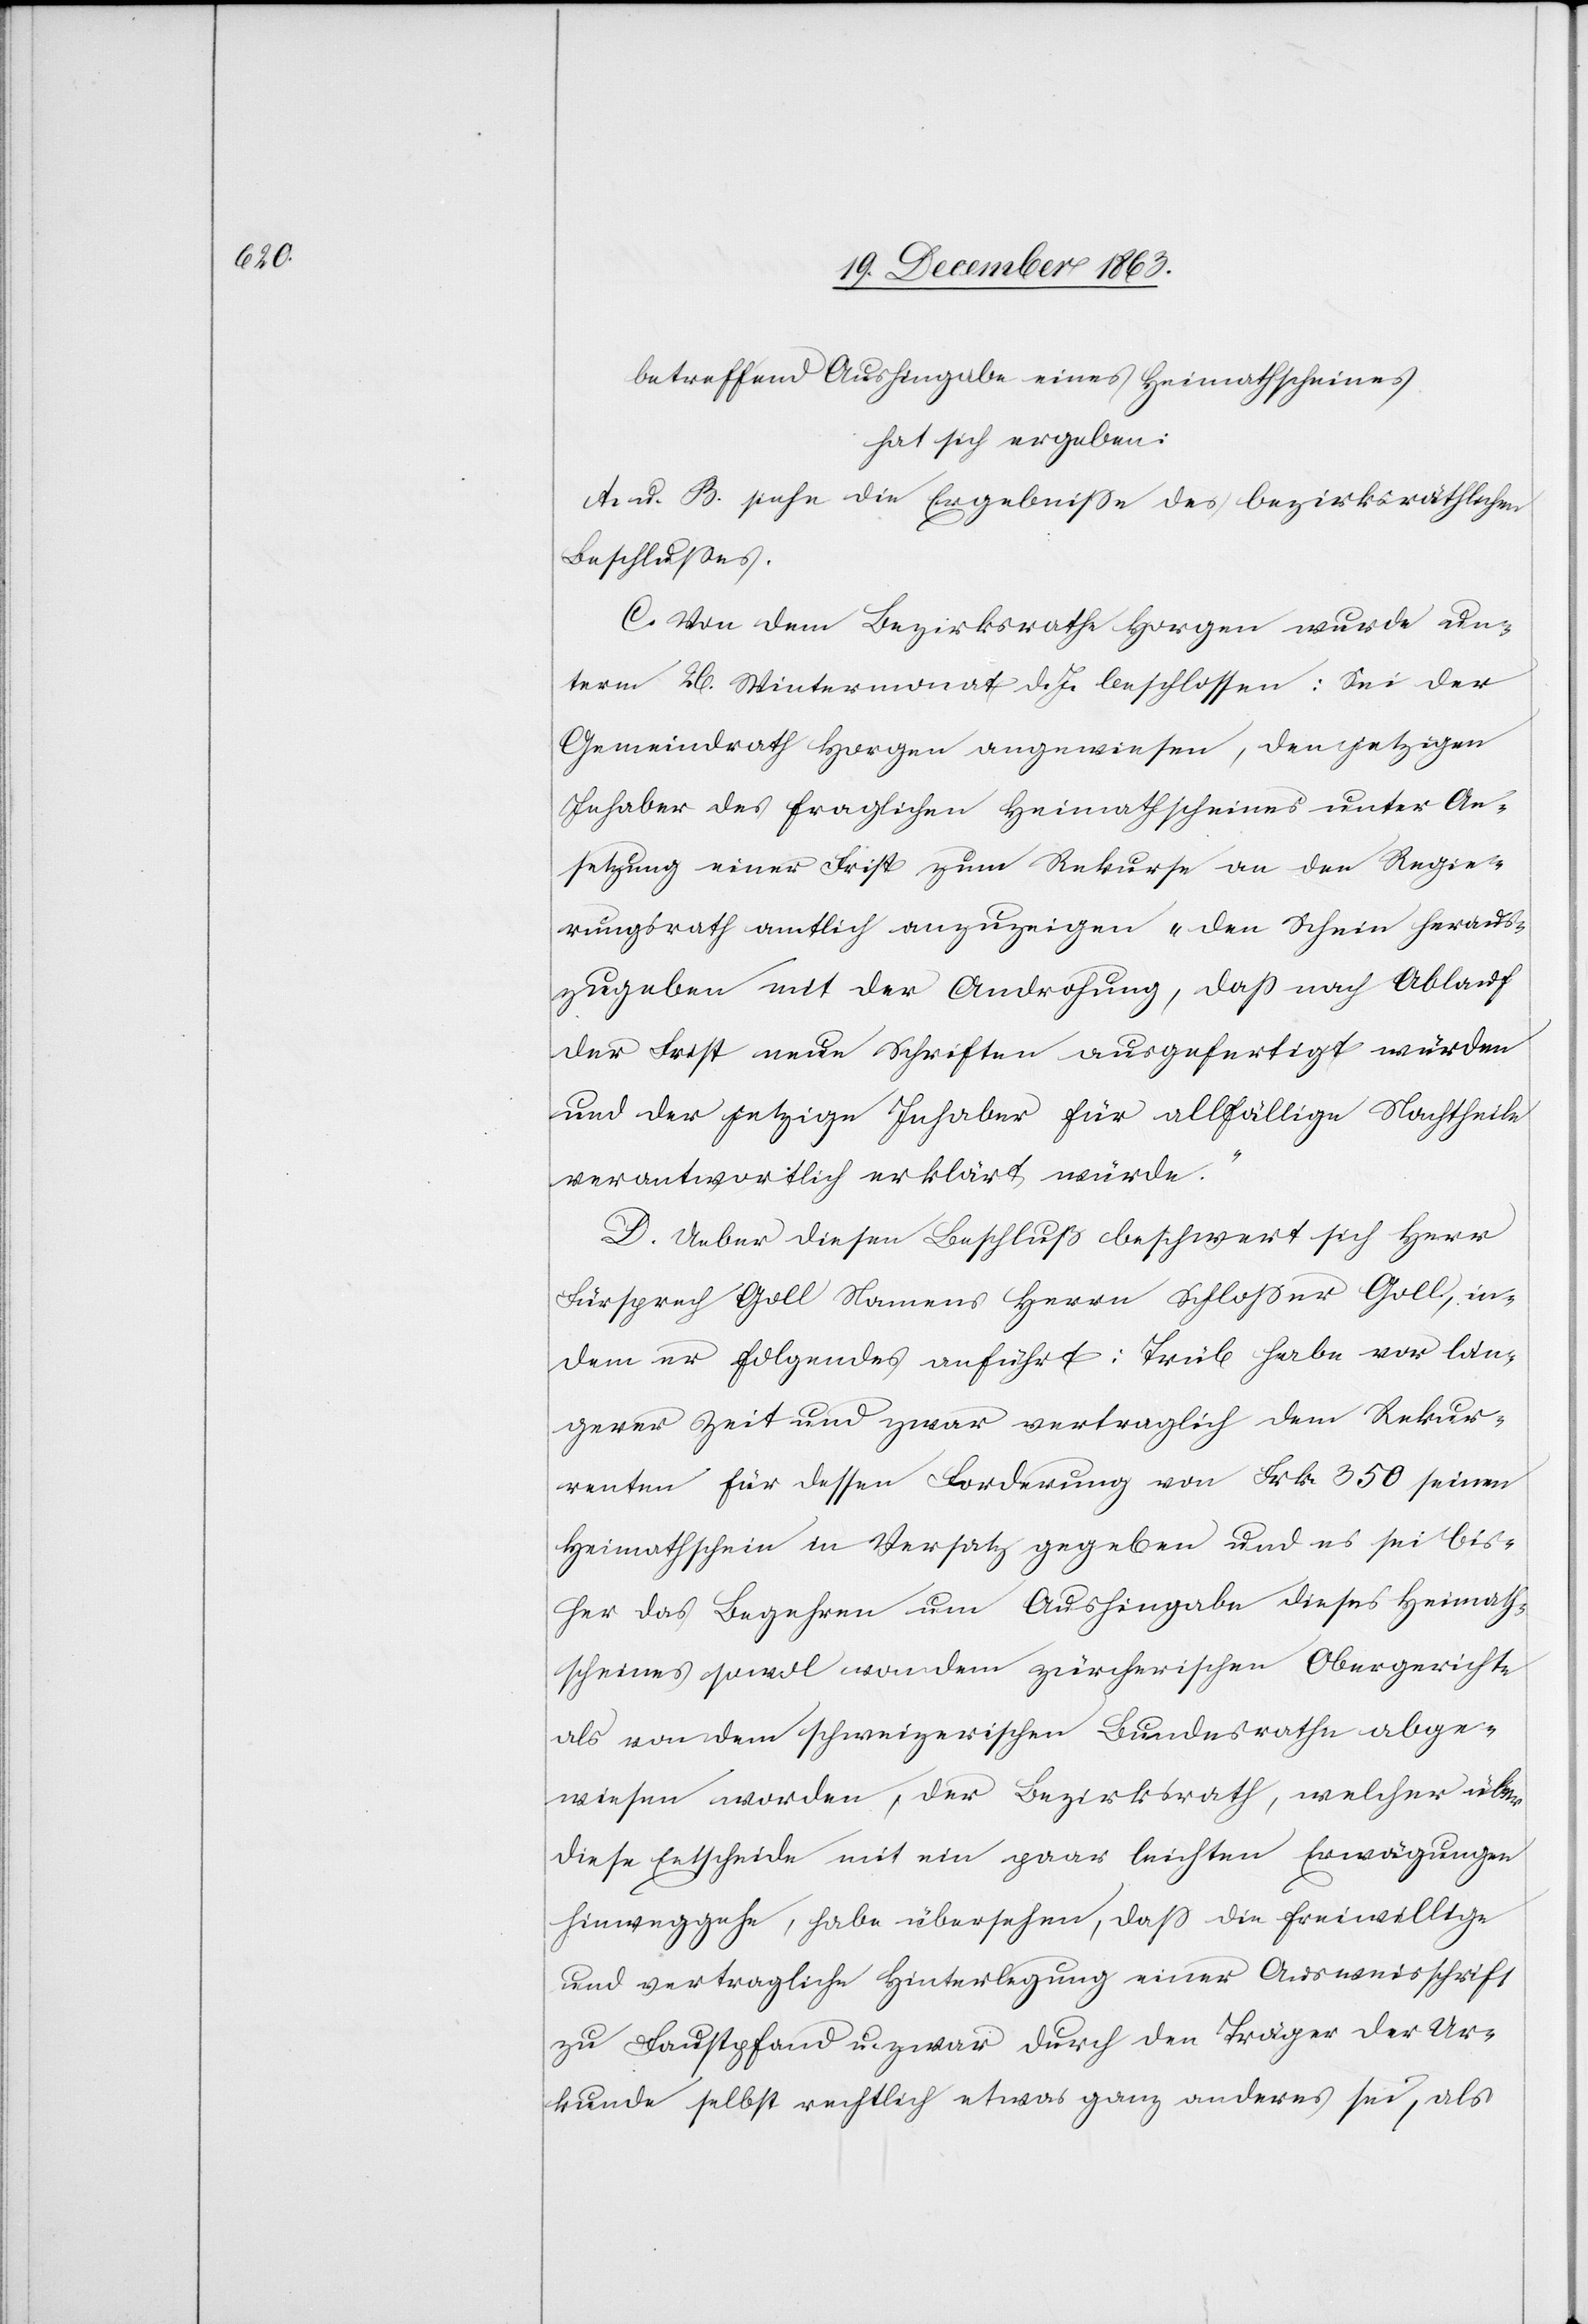
betreffend Aushingabe eines Heimathscheines
hat sich ergeben:
A. u. B. siehe die Ergebnisse des bezirksräthlichen
Beschlusses.
C. Von dem Bezirksrathe Horgen wurde un¬
term 26. Wintermonat d. Js. beschlossen: Sei der
Gemeindrath Horgen angewiesen, den jetzigen
Inhaber des fraglichen Heimathscheines unter An¬
setzung einer Frist zum Rekurse an den Regie¬
rungsrath amtlich anzuzeigen „den Schein heraus¬
zugeben mit der Androhung, dass nach Ablauf
der Frist neue Schriften ausgefertigt würden
und der jetzige Inhaber für allfällige Nachtheile
verantwortlich erklärt würde.“
D. Ueber diesen Beschluß beschwert sich Herr
Fürsprech Goll Namens Herrn Schlosser Goll, in¬
dem er folgendes anführt: Trüb habe vor län¬
gerer Zeit und zwar vertraglich dem Rekur¬
renten für dessen Forderung von Frk. 350 seinen
Heimathschein in Versatz gegeben und es sei bis¬
her das Begehren um Aushingabe dieses Heimath¬
scheines sowol von dem zürcherischen Obergerichte
als von dem schweizerischen Bundesrathe abge¬
wiesen worden, der Bezirksrath, welcher über
diese Entscheide mit ein paar leichten Erwägungen
hinweggehe, habe übersehen, dass die freiwillige
und vertragliche Hinterlegung einer Ausweisschrift
zu Faustpfand u. zwar durch den Träger der Ur¬
kunde selbst rechtlich etwas ganz anderes sei, als